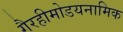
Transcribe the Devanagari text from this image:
गैरहीमोडयनामिक